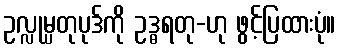
ဥလ္လုမ္ပတုပုဒ်ကို ဥဒ္ဓရတု-ဟု ဖွင့်ပြထားပုံ။